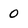
Character: 0